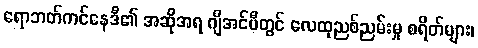
ရောဘတ်ကင်နေဒီ၏ အဆိုအရ ဂျီအင်ပီတွင် လေထုညစ်ညမ်းမှု စရိတ်များ၊